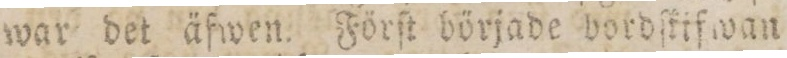
war det äfwen. Förſt började bordſkifwan